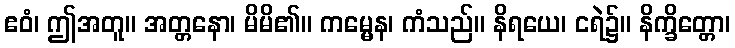
ဧဝံ၊ ဤအတူ။ အတ္တနော၊ မိမိ၏။ ကမ္မေန၊ ကံသည်။ နိရယေ၊ ငရဲ၌။ နိက္ခိတ္တော၊